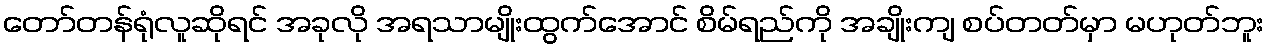
တော်တန်ရုံလူဆိုရင် အခုလို အရသာမျိုးထွက်အောင် စိမ်ရည်ကို အချိုးကျ စပ်တတ်မှာ မဟုတ်ဘူး